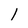
Character: 1